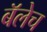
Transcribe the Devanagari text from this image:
बॅलेच